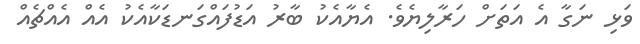
ވަޅި ނަގާ އެ އަތަށް ހަރާލިޔެވެ. އެޔާއެކު ބާރު އަޑުފައްގަނޑަކާއެކު އެއް އެއްޗެއް